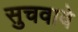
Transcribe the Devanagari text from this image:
सुचवावे